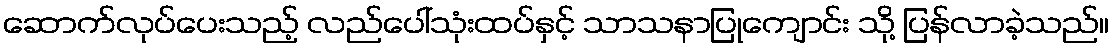
ဆောက်လုပ်ပေးသည့် လည်ပေါ်သုံးထပ်နှင့် သာသနာပြုကျောင်း သို့ ပြန်လာခဲ့သည်။